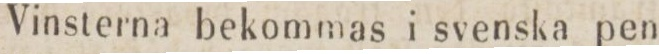
Vinsterna bekommas i svenska pen-